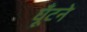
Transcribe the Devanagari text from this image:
घूँटने